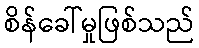
စိန်ခေါ်မှုဖြစ်သည်